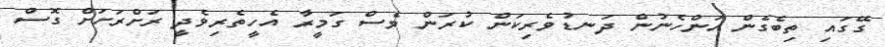
ގޭގައި ތިބެގެން އަންހެނުން ދަނޑުވެރިކަން ކުރަން ވެސް ގަމީރާ އެހީތެރިވެދީ ރަށްރަށަށް ގޮސް